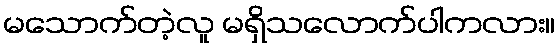
မသောက်တဲ့လူ မရှိသလောက်ပါကလား။